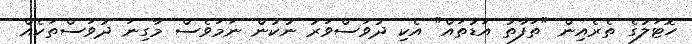
ހޮޓަލުގެ ތެރެއިން "ތަފާތު އަޑުތައް" އެކި ދުވަސްވަރު ނުކުން ނަމަވެސް މާގިނަ ދުވަސްތަކެއް